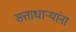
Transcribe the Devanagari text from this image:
सत्ताधाऱ्यांना